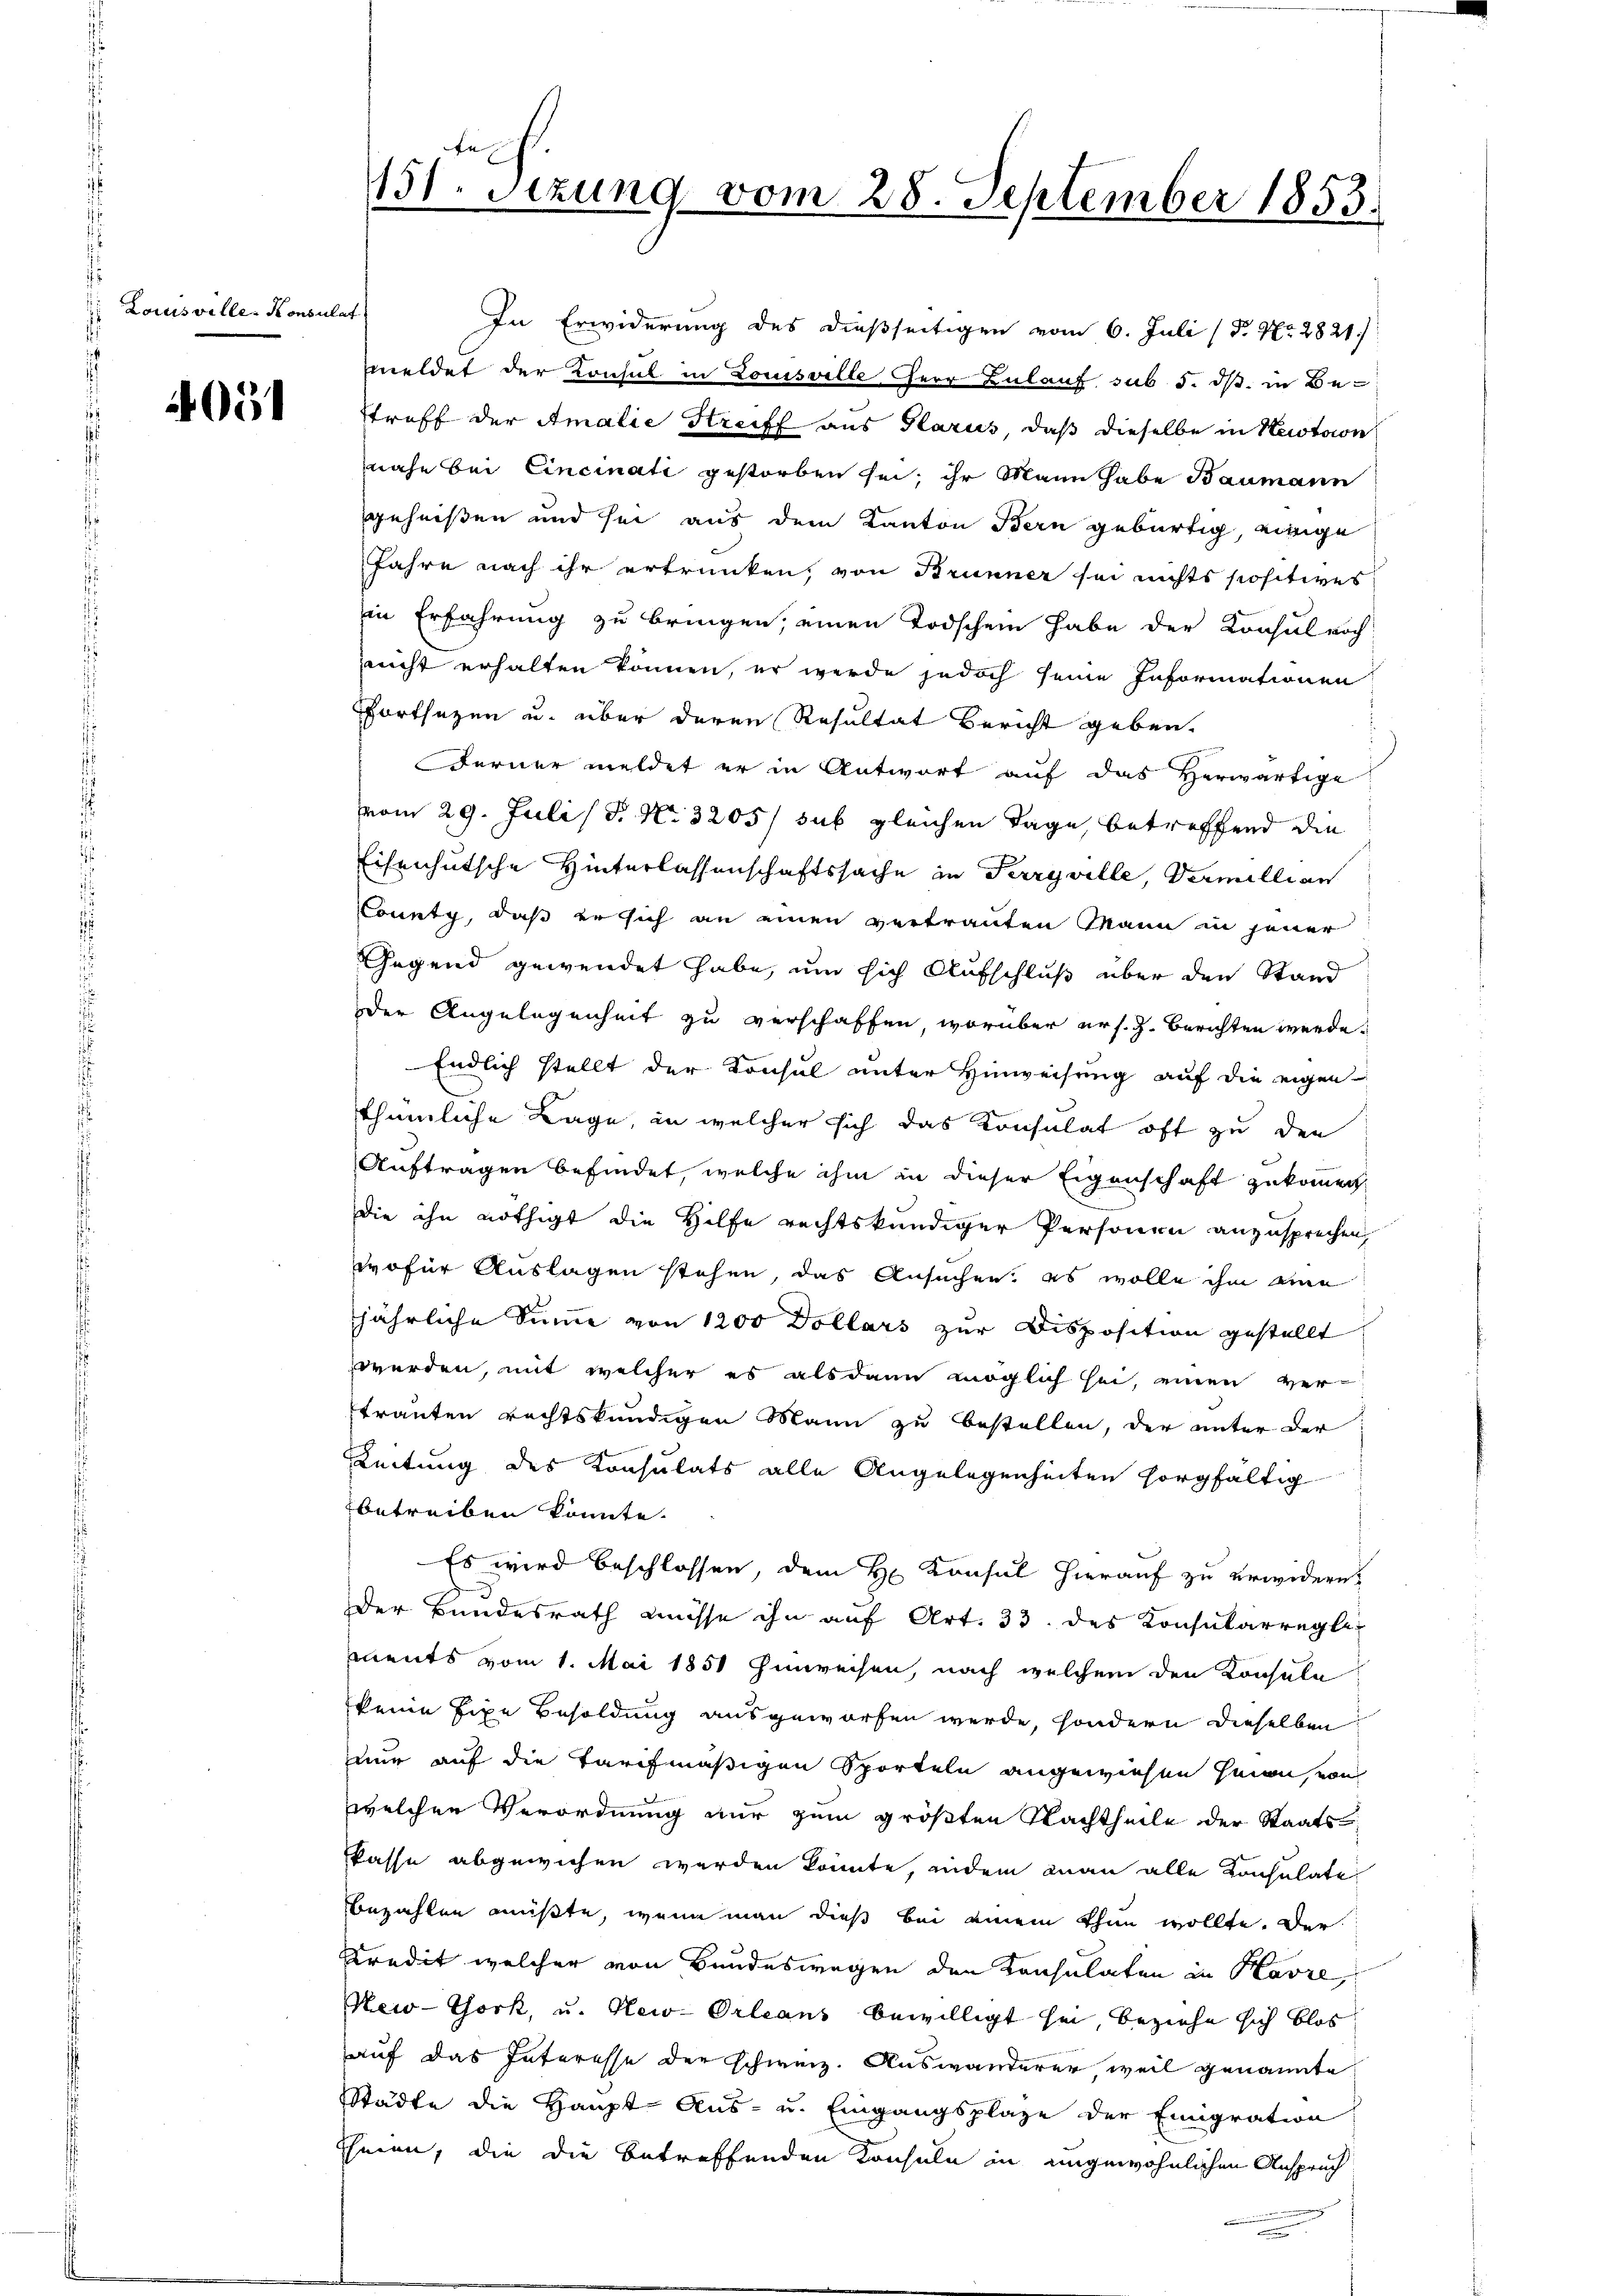
Louisville Konsulat
i

2051

151. Sezung vom 28. September 1853.

In Erwiderung des dießseitigen vom 6. Juli (P. Nr. 2821.
meldet der Konsul in Louisville Herr Bulauf sub 5. ds. in Be-
Stroff der Amalie Streiff aus Glarus, daß dieselbe in Nestion
nahe bei Cincinati gestorben sei, ihr Mann habe Baumann
geheißen und sei aus dem Kanton Bern gebürtig, einige
Jahre nach ihr ertrunken, von Brunner sei nichts positives
in Erfahrung zu bringen, einen Todschen habe der Konsul noch
nicht erhalten können, er werde jedoch seine Informationen
Fortsezen u. über deren Resultat Bericht geben.
Ferner meldet er in Antwort auf das Herwärtige
vom 29. Juli / P. Nr. 3205/ sub gleichen Tage, betreffend die
Eisenhutsche Hinterlassenschaftssache in Perryville, Vermillian
County, daß er sich an einen vertrauten Mann in jener
Gegend gewendet habe, um sich Aufschluß über den Stand
Der Angelegenheit zu verschaffen worüber ers. z. Berichten werde.
Endlich stellt der Konsul unter Hinweisung auf die eigen
thümliche Lage, in welcher sich das Konsulat oft zu den
Auftragen befindet, welche ihm in dieser Eigenschaft zukommen,
die ihn nöthigt die Hilfe rechtskundiger Personen anzusprechen,
wofür Auslagen stehen, das Ansuchen, es wolle ihm eine
jährliche Summe von 1200 Dollars zur Disposition gestellt
werden, mit welcher es alsdann möglich sei, einen ver-
strauten rechtskundigen Mann zu bestellen, der unter der
Leitung des Konsulats alle Angelegenheiten sorgfältig
betreiben könnte.
Es wird beschlossen, dem H. Konsul hierauf zu erwidern,
Der Bundesrath müsse ihn auf Art. 33. des Konsularregler
ments vom 1. Mai 1851 hinweisen, nach welchem den Konsula
keine fixe Besoldung ausgeworfen werde, sondern dieselben
nur auf die Tarifmäßigen Sporteln angewiesen seien, von
welchen Verordnung nur zum größten Nachtheile der Staatskasse abgewiesen werden könnte, indem man alle Konsulate
bezahlen mußte, wenn man dieß bei einem Thun wollte. Der
Predit welcher von Bundeswegen den Konsulaten in Havre,
New-York, u. New-Orleans bewilligt sei, beziehe sich blos
auf das Interesse der schweiz. Auswanderer weil genannte
Städte die Haupt- Aus- u. Eingangsplaze der Emigration
thmen, die die betreffenden Konsuln in ungewöhnlichen Anspruch